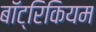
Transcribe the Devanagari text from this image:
बॉट्रिकियम